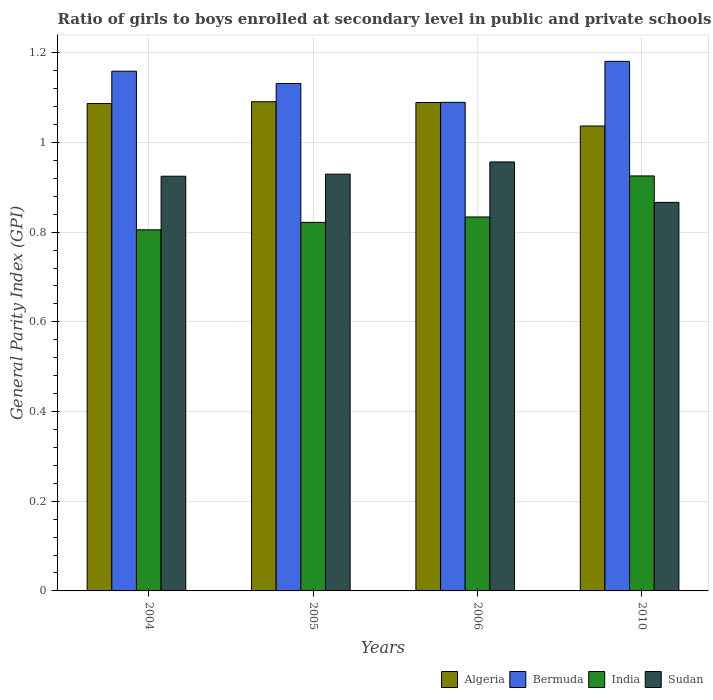
| Years | Algeria | Bermuda | India | Sudan |
 | --- | --- | --- | --- | --- |
 | 2004 | 1.09 | 1.16 | 0.805 | 0.925 |
 | 2005 | 1.09 | 1.13 | 0.822 | 0.929 |
 | 2006 | 1.09 | 1.09 | 0.834 | 0.956 |
 | 2010 | 1.04 | 1.18 | 0.925 | 0.866 |